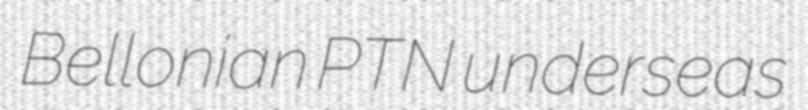
Bellonian PTN underseas